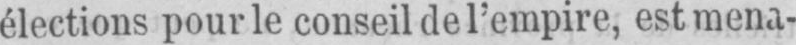
élections pour le conseil de l’empire, est mena-